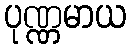
ပုဏ္ဏမာယ